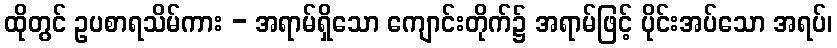
ထိုတွင် ဥပစာရသိမ်ကား - အရာမ်ရှိသော ကျောင်းတိုက်၌ အရာမ်ဖြင့် ပိုင်းအပ်သော အရပ်၊